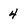
Character: 4